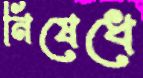
নিষেধে